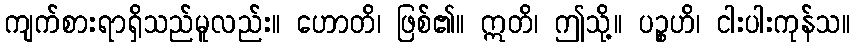
ကျက်စားရာရှိသည်မူလည်း။ ဟောတိ၊ ဖြစ်၏။ ဣတိ၊ ဤသို့။ ပဉ္စဟိ၊ ငါးပါးကုန်သ။